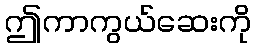
ဤကာကွယ်ဆေးကို